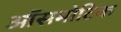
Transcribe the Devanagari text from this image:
ऑसमोटिक